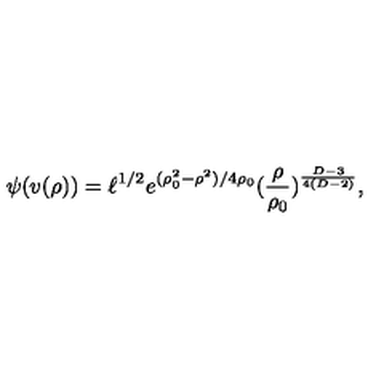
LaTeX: \psi ( v ( \rho ) ) = \ell ^ { 1 / 2 } e ^ { ( \rho _ { 0 } ^ { 2 } - \rho ^ { 2 } ) / 4 \rho _ { 0 } } ( \frac { \rho } { \rho _ { 0 } } ) ^ { { \frac { D - 3 } { 4 ( D - 2 ) } } } ,